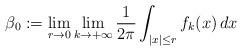
LaTeX: \begin{align*}\beta_0 := \lim_{r \to 0} \lim_{k \to +\infty} \frac{1}{2\pi} \int_{\vert x \vert \leq r} f_{k} (x) \, dx \; \end{align*}